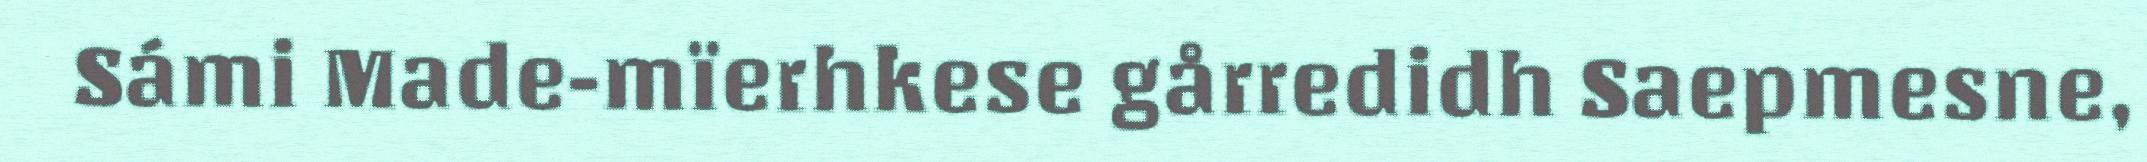
Sámi Made-mïerhkese gårredidh Saepmesne,